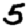
Digit: 5